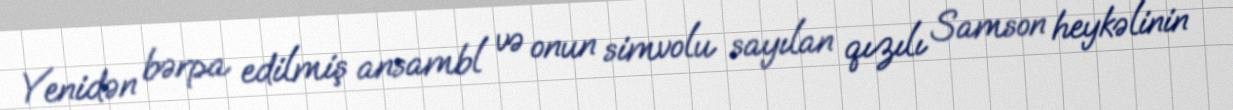
Yenidən bərpa edilmiş ansambl və onun simvolu sayılan qızılı Samson heykəlinin